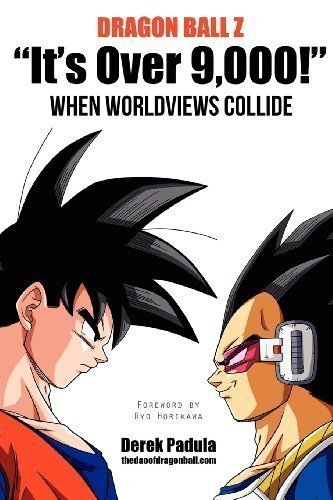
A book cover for Dragon Ball Z "It's Over 9,000!" When Worldviews Collide by Padula, Derek (2012); Comics & Graphic Novels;